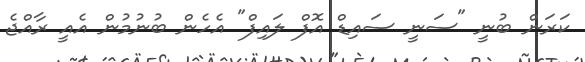
ކަރަން ބުނީ "ސަނީ ސައިޑް އޮފް ލައިފް" އެހެން ބުނުމުން އެއީ ރާއްޖެ